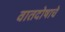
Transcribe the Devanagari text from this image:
वातदोषाचे